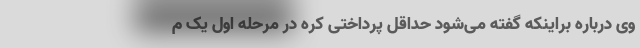
وی درباره براینکه گفته می‌شود حداقل پرداختی کره در مرحله اول یک م